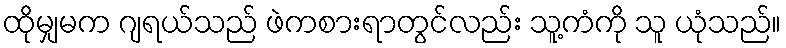
ထိုမျှမက ဂျရယ်သည် ဖဲကစားရာတွင်လည်း သူ့ကံကို သူ ယုံသည်။